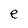
Character: e